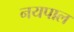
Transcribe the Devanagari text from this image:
नयपाल